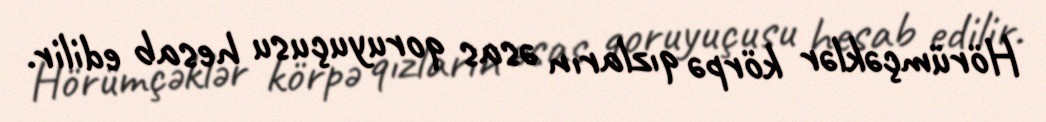
Hörümçəklər körpə qızların əsas qoruyuçusu hesab edilir.